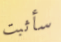
سأثبت